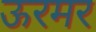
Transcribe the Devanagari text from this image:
ऊरमर